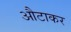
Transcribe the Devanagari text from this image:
औटाकर